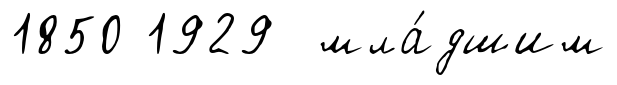
1850 1929 мла́дшим